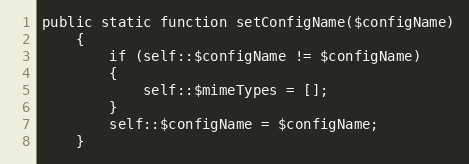
Language: PHP
public static function setConfigName($configName)
    {
        if (self::$configName != $configName)
        {
            self::$mimeTypes = [];
        }
        self::$configName = $configName;
    }